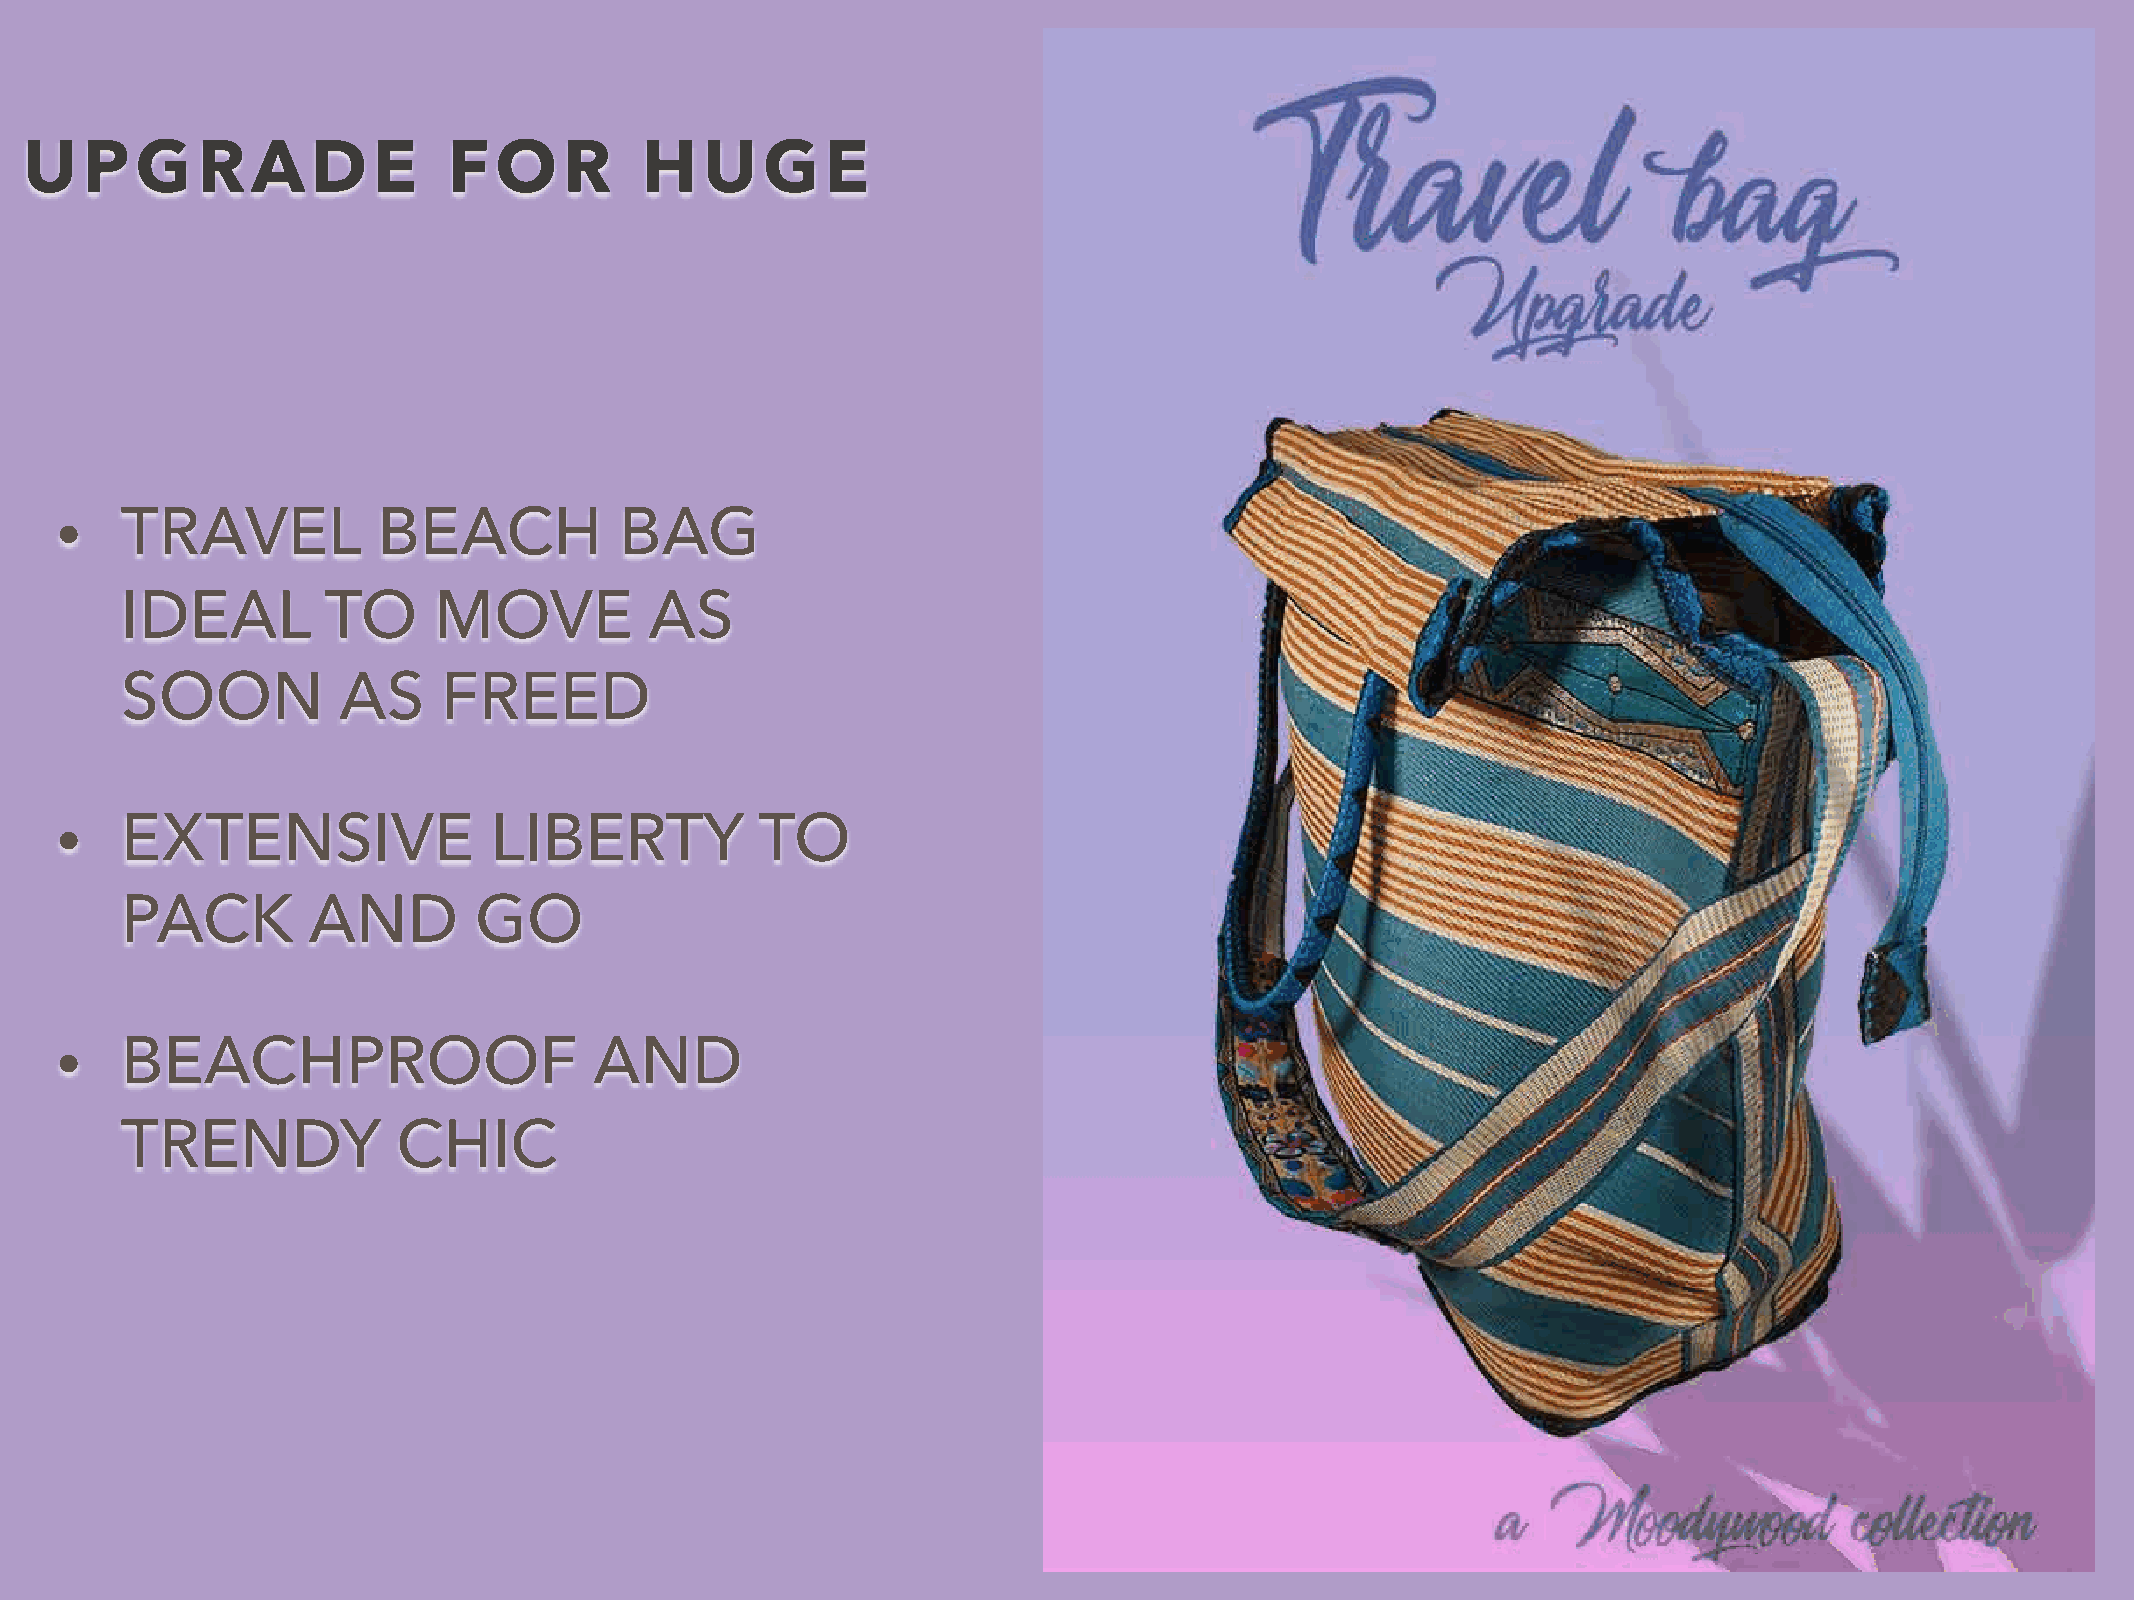
UPGRADE                     FOR         HUGE
 TRAVEL           BEACH           BAG
 •
 IDEAL        TO      MOVE          AS
 SOON          AS     FREED
 EXTENSIVE               LIBERTY           TO
 •
 PACK        AND        GO
 BEACHPROOF                     AND
 •
 TRENDY            CHIC